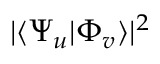
| \langle \Psi _ { u } | \Phi _ { v } \rangle | ^ { 2 }